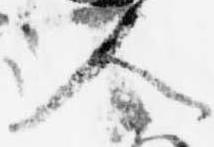
人